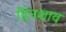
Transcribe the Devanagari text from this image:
दिनशाव